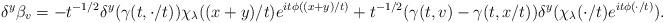
LaTeX: \begin{align*}\delta^y \beta_v = -t^{-1/2}\delta^y(\gamma(t, \cdot/t)) \chi_\lambda((x+y)/t)e^{it\phi((x + y)/t)} + t^{-1/2}(\gamma(t, v) - \gamma(t, x/t)) \delta^y (\chi_\lambda(\cdot/t)e^{it\phi(\cdot/t)}).\end{align*}